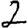
Digit: 2